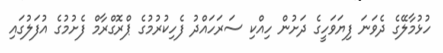
ހުޅުމާލޭގެ ދެވަނަ ފިޔަވަހީގެ ދަށުން ހިއްކި ސަރަހައްދު ފެހިކުރުމުގެ ޕްރޮގްރާމް ފެށުމުގެ އުފަލުގައި